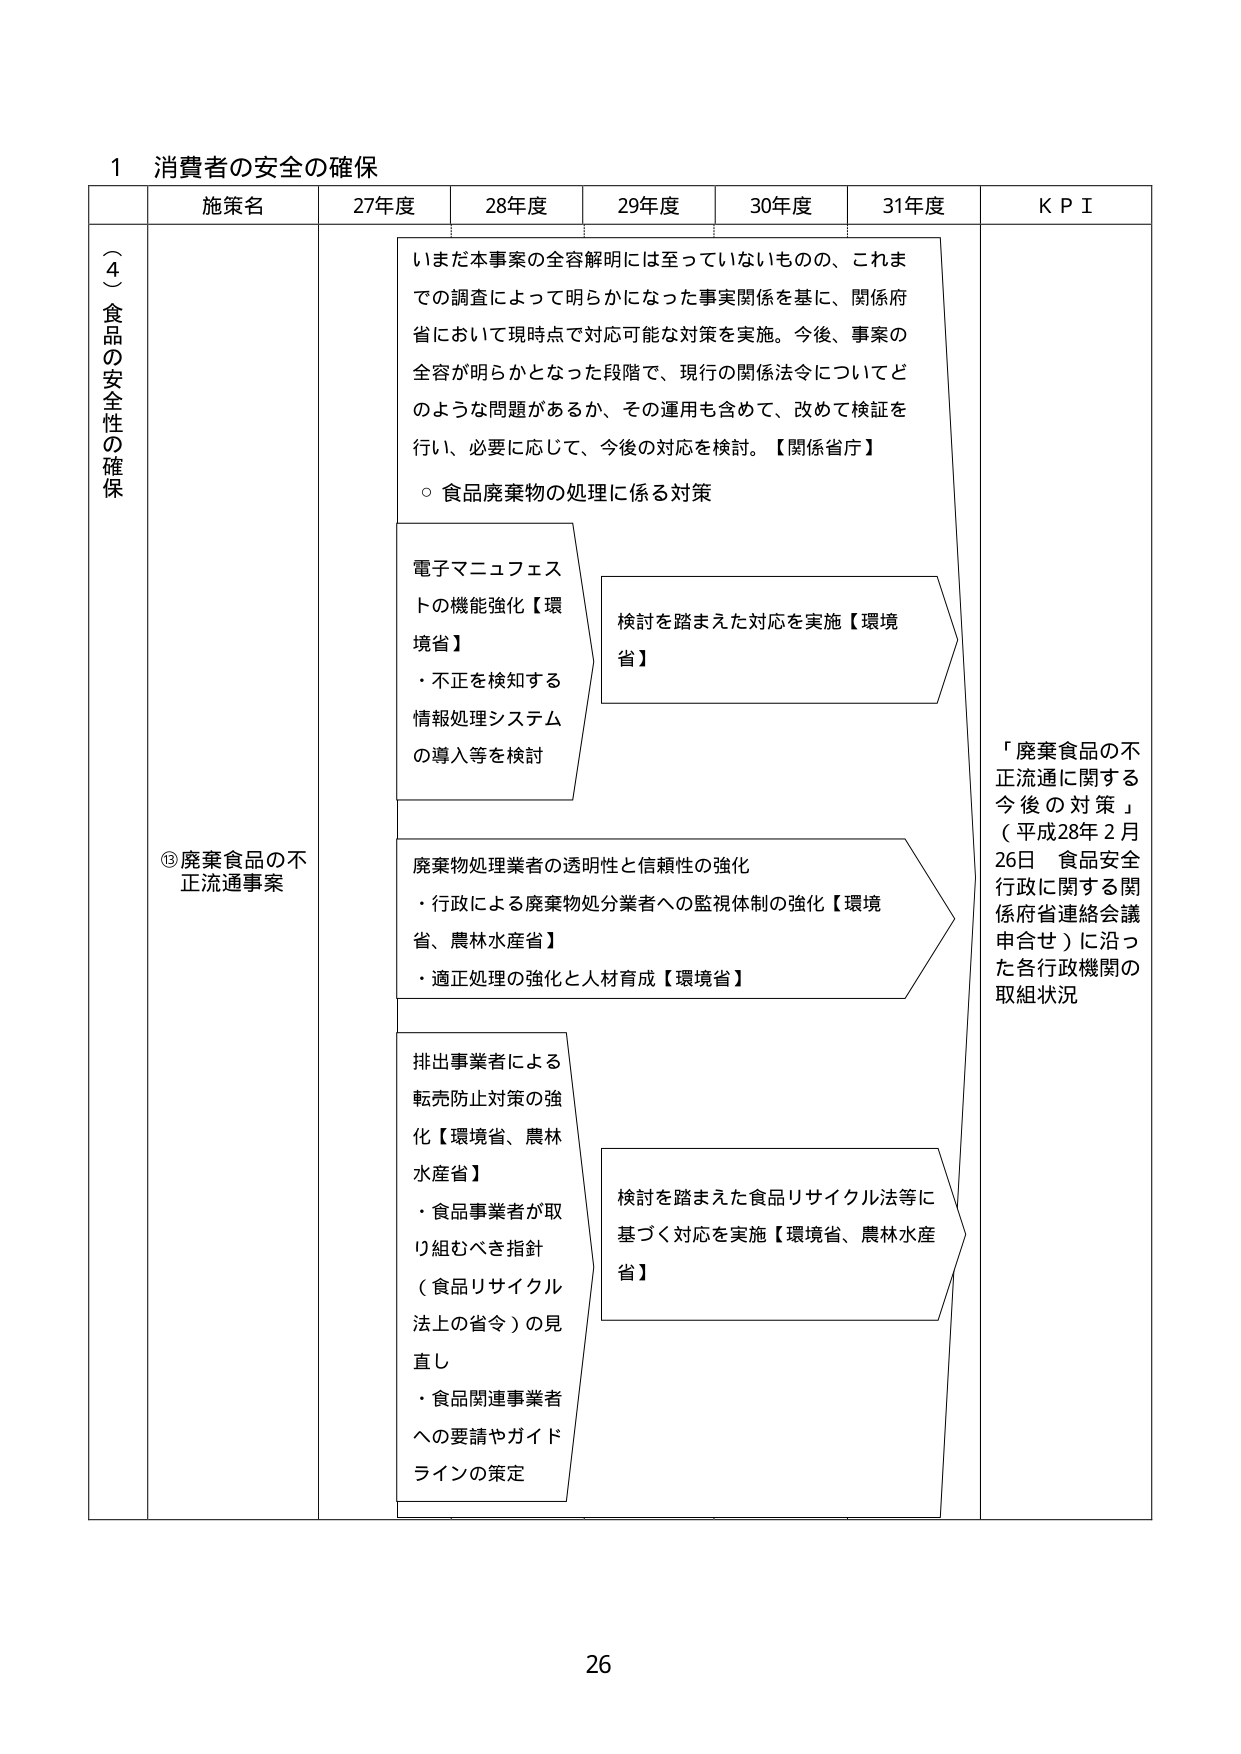
1 消費者の安全の確保

（４）食品の安全性の確保

施策名
⑬廃棄食品の不正流通事案

27年度
いまだ本事案の全容解明には至っていないものの、これまでの調査によって明らかになった事実関係を基に、関係府省において現時点で対応可能な対策を実施。今後、事案の全容が明らかとなった段階で、現行の関係法令についてどのような問題があるか、その運用も含めて、改めて検証を行い、必要に応じて、今後の対応を検討。【関係省庁】
○ 食品廃棄物の処理に係る対策

電子マニュフェストの機能強化【環境省】
・不正を検知する情報処理システムの導入等を検討

廃棄物処理業者の透明性と信頼性の強化
・行政による廃棄物処分業者への監視体制の強化【環境省、農林水産省】
・適正処理の強化と人材育成【環境省】

排出事業者による転売防止対策の強化【環境省、農林水産省】
・食品事業者が取り組むべき指針（食品リサイクル法上の省令）の見直し
・食品関連事業者への要請やガイドラインの策定

28年度

29年度
検討を踏まえた対応を実施【環境省】

30年度
検討を踏まえた食品リサイクル法等に基づく対応を実施【環境省、農林水産省】

31年度

KPI
「廃棄食品の不正流通に関する今後の対策」（平成28年2月26日 食品安全行政に関する関係府省連絡会議申合せ）に沿った各行政機関の取組状況

26